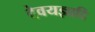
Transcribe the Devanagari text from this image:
देवयज्ञादि